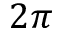
2 \pi